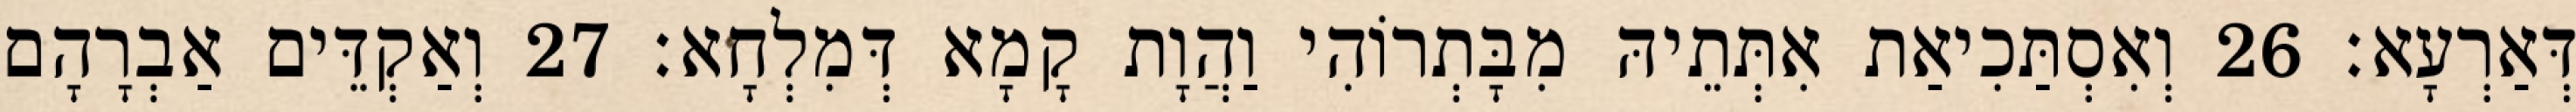
דְּאַרְעָא׃ 26 וְאִסְתַּכִיאַת אִתְּתֵיהּ מִבָּתְרוֹהִי וַהֲוָת קָמָא דְּמִלְחָא׃ 27 וְאַקְדֵּים אַבְרָהָם